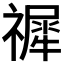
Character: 𥛹